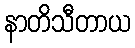
နာတိသီတာယ